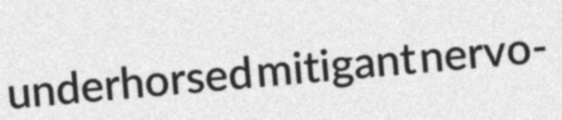
underhorsed mitigant nervo-